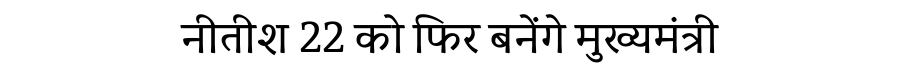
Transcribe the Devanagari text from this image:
नीतीश 22 को फिर बनेंगे मुख्यमंत्री